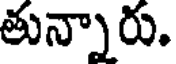
తున్నారు.